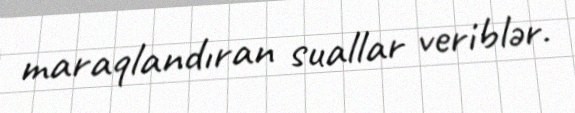
maraqlandıran suallar veriblər.